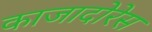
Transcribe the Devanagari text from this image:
काजादोरेस